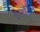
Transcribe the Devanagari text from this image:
एलविन